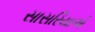
સાસરિયાએ